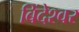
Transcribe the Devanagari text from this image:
बिंदेश्‍वर